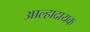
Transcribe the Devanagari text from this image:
आल्हादायक